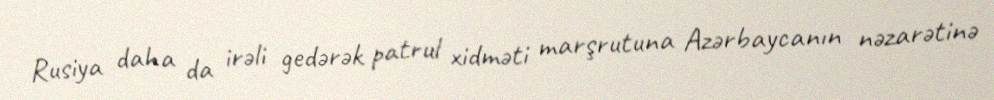
Rusiya daha da irəli gedərək patrul xidməti marşrutuna Azərbaycanın nəzarətinə